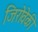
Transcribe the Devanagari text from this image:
जिरोवेकी